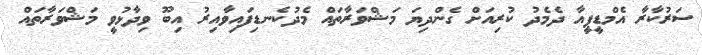
ސަރުކާރާ އެމްޑީޕީއާ ދެމެދު ކުރިއަށް ގެންދިޔަ މަޝްވަރާތައް މެދުކެނޑިފައިވާއިރު އިބޫ ވިދާޅުވީ މަޝްވަރާތައް